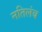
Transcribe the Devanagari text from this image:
नतिलंब